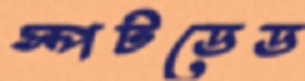
স্পটডেড